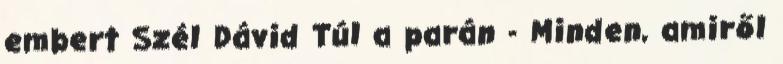
embert Szél Dávid Túl a parán - Minden, amiről